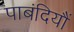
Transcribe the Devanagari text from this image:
पाबंदियौं